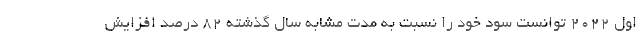
اول 2022 توانست سود خود را نسبت به مدت مشابه سال گذشته 82 درصد افزایش